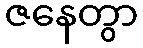
ဇနေတွာ